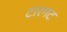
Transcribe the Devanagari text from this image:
टारगट